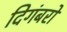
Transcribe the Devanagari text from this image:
दिगंबरों